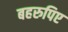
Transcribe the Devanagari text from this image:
बहरुपिए